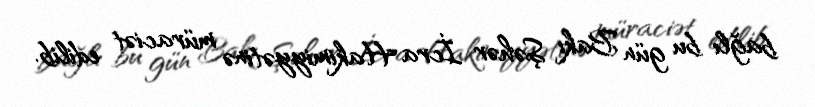
bağlı bu gün Bakı Şəhər İcra Hakimiyyətinə müraciət edilib.